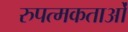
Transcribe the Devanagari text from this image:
रुपत्मकताओं